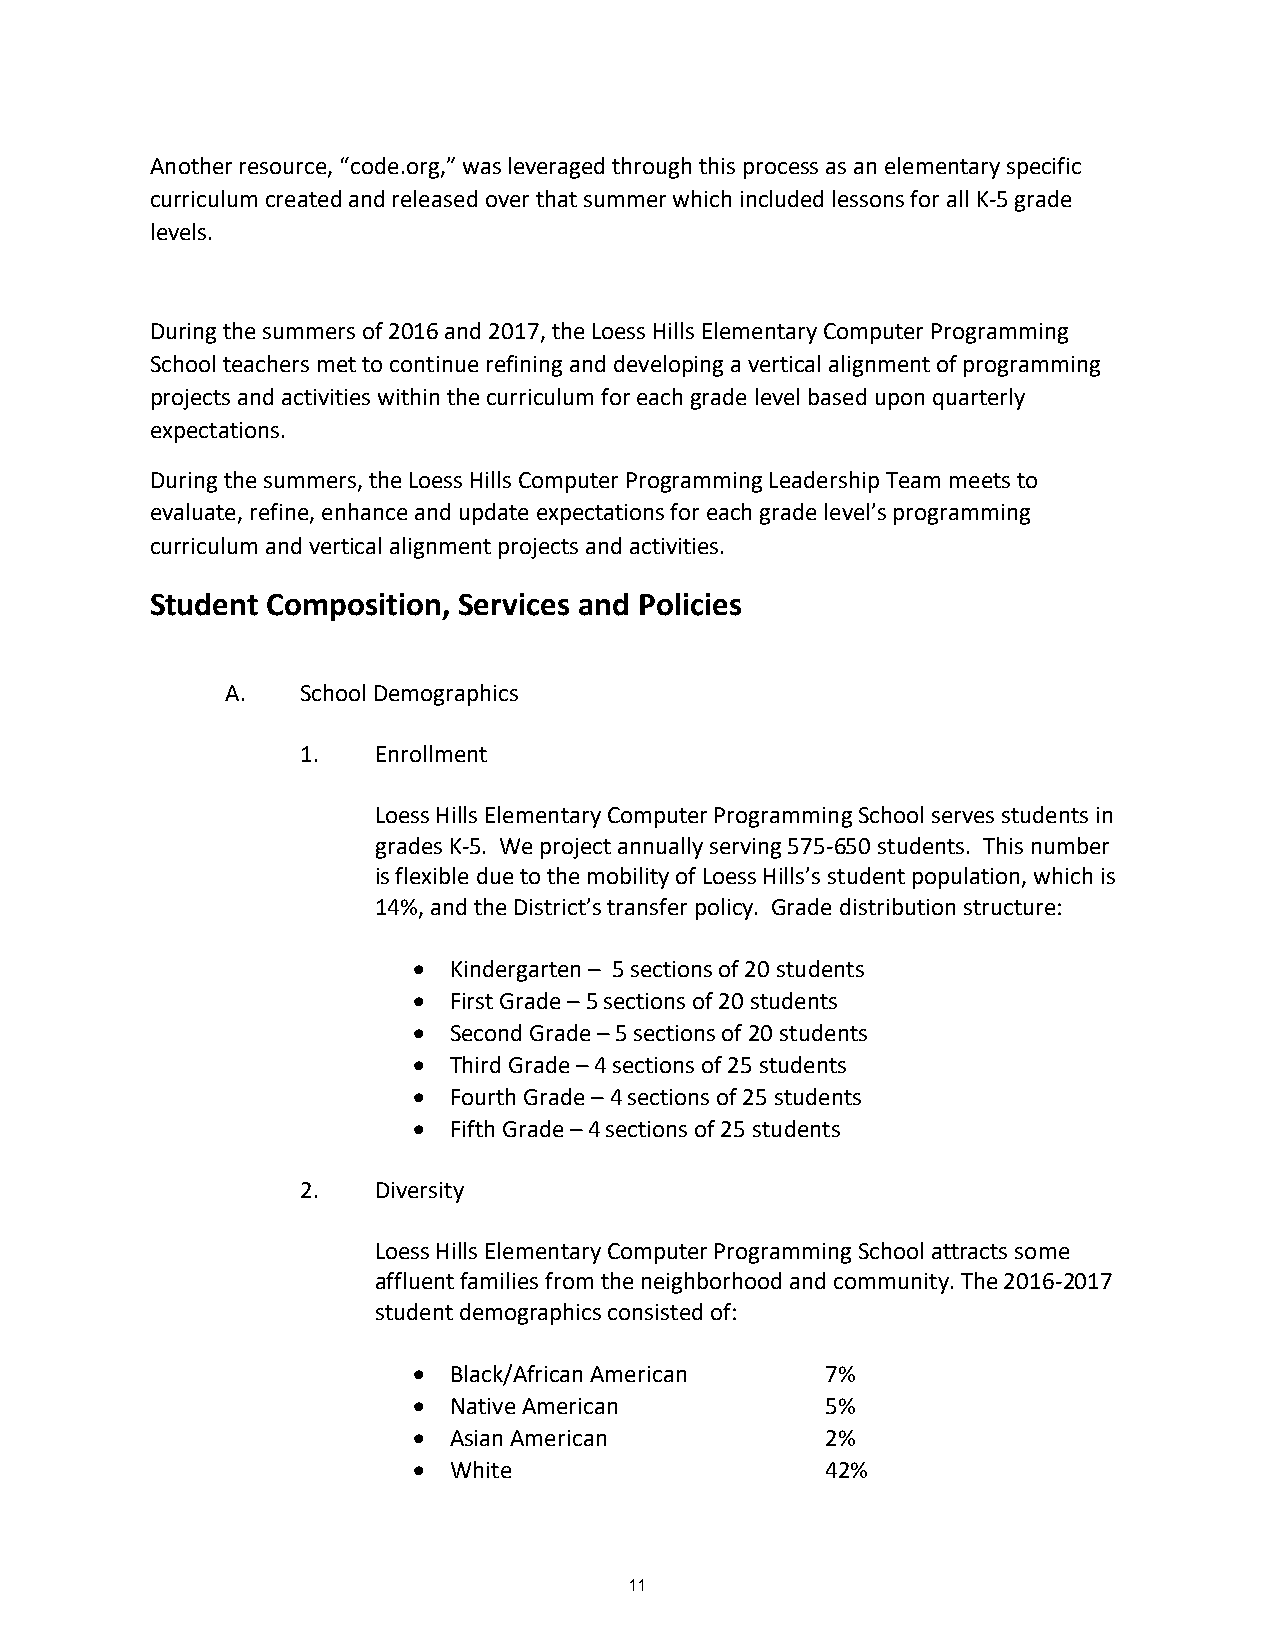
Another resource, “code.org,” was leveraged through this process as an elementary specific
 curriculum created and released over that summer which included lessons for all K-5 grade
 levels.
 During the summers of 2016 and 2017, the Loess Hills Elementary Computer Programming
 School teachers met to continue refining and developing a vertical alignment of programming
 projects and activities within the curriculum for each grade level based upon quarterly
 expectations.
 During the summers, the Loess Hills Computer Programming Leadership Team meets to
 evaluate, refine, enhance and update expectations for each grade level’s programming
 curriculum and vertical alignment projects and activities.
 Student Composition, Services and Policies
 A.   School Demographics
 1.   Enrollment
 Loess Hills Elementary Computer Programming School serves students in
 grades K-5. We project annually serving 575-650 students. This number
 is flexible due to the mobility of Loess Hills’s student population, which is
 14%, and the District’s transfer policy. Grade distribution structure:
   Kindergarten – 5 sections of 20 students
   First Grade – 5 sections of 20 students
   Second Grade – 5 sections of 20 students
   Third Grade – 4 sections of 25 students
   Fourth Grade – 4 sections of 25 students
   Fifth Grade – 4 sections of 25 students
 2.   Diversity
 Loess Hills Elementary Computer Programming School attracts some
 affluent families from the neighborhood and community. The 2016-2017
 student demographics consisted of:
   Black/African American   7%
   Native American          5%
   Asian American           2%
   White                    42%
 11